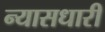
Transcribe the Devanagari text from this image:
न्यासधारी